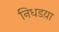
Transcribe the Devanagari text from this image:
निधडय़ा